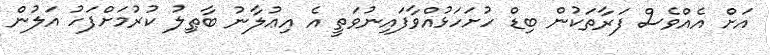
އަށް އެއްވެސް ފަރާތަކުން ބިޑް ހުށަހަޅުއްވާފައިނުވަތީ އެ އިޢުލާނު ބާޠިލު ކުރުމަށްފަހު އަލުން